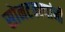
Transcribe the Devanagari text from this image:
सोनटक्क्यांनी